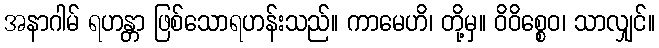
အနာဂါမ် ရဟန္တာ ဖြစ်သောရဟန်းသည်။ ကာမေဟိ၊ တို့မှ။ ဝိဝိစ္စေဝ၊ သာလျှင်။